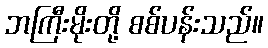
ဘကြီးမိုးတို့ စစ်ပန်းသည်။